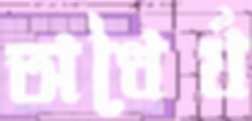
অধৈর্য